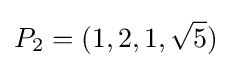
P_{2}=(1,2,1,{\sqrt {5}})